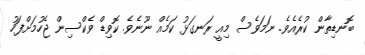
ބޮނޑިތާން ކުރެއެވެ. ނަމަވެސް މިއީ ރަނގަޅު ކަމެއް ނޫނެވެ. ކޮވިޑް ވެކްސިން ޖެހުމަށްފަހު